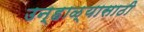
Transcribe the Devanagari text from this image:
उन्हाळ्यासाठी